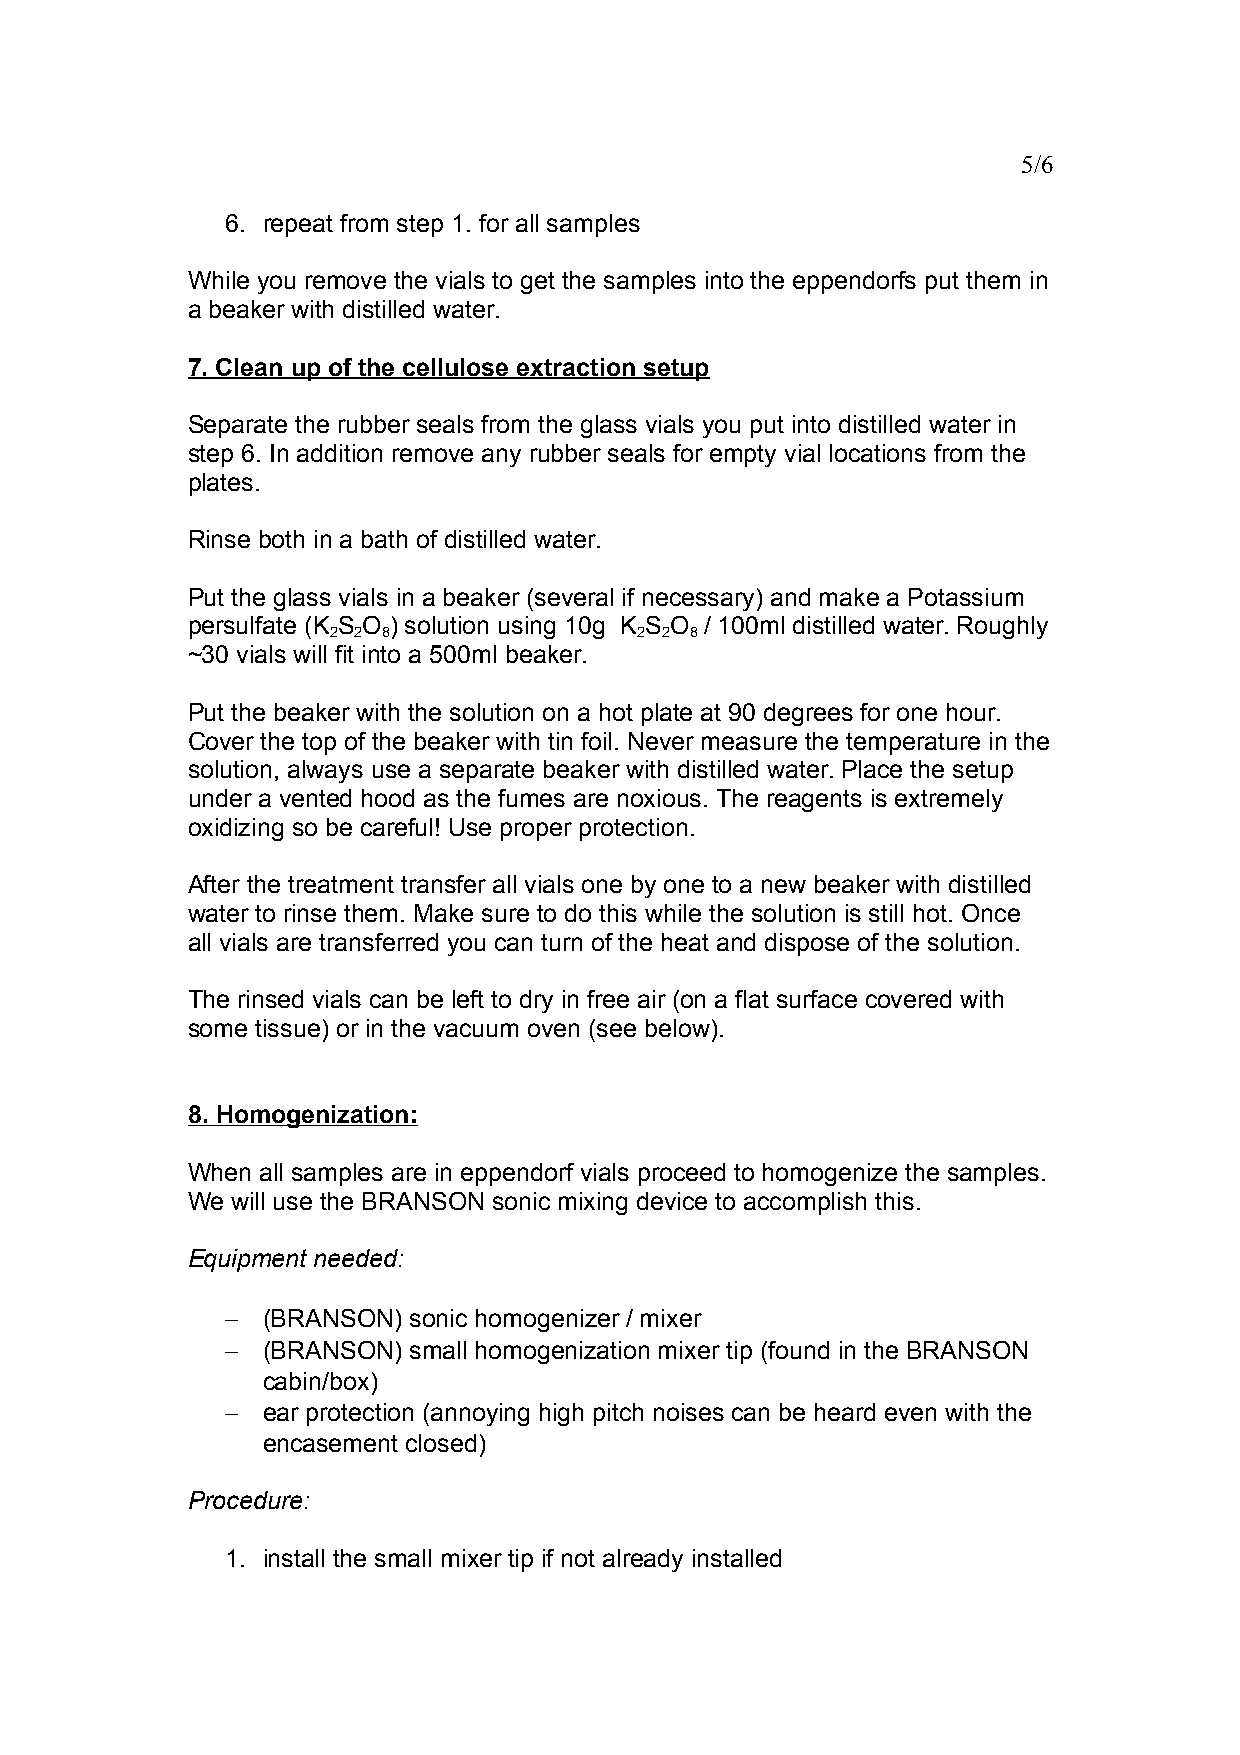
5/6
 6. repeat from step 1. for all samples
 While you remove the vials to get the samples into the eppendorfs put them in
 a beaker with distilled water.
 7. Clean up of the cellulose extraction setup
 Separate the rubber seals from the glass vials you put into distilled water in
 step 6. In addition remove any rubber seals for empty vial locations from the
 plates.
 Rinse both in a bath of distilled water.
 Put the glass vials in a beaker (several if necessary) and make a Potassium
 persulfate (K S O ) solution using 10g K S O / 100ml distilled water. Roughly
 2 2 8               2 2 8
 ~30 vials will fit into a 500ml beaker.
 Put the beaker with the solution on a hot plate at 90 degrees for one hour.
 Cover the top of the beaker with tin foil. Never measure the temperature in the
 solution, always use a separate beaker with distilled water. Place the setup
 under a vented hood as the fumes are noxious. The reagents is extremely
 oxidizing so be careful! Use proper protection.
 After the treatment transfer all vials one by one to a new beaker with distilled
 water to rinse them. Make sure to do this while the solution is still hot. Once
 all vials are transferred you can turn of the heat and dispose of the solution.
 The rinsed vials can be left to dry in free air (on a flat surface covered with
 some tissue) or in the vacuum oven (see below).
 8. Homogenization:
 When all samples are in eppendorf vials proceed to homogenize the samples.
 We will use the BRANSON sonic mixing device to accomplish this.
 Equipment needed:
  (BRANSON) sonic homogenizer / mixer
  (BRANSON) small homogenization mixer tip (found in the BRANSON
 cabin/box)
  ear protection (annoying high pitch noises can be heard even with the
 encasement closed)
 Procedure:
 1. install the small mixer tip if not already installed